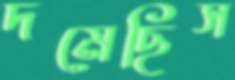
দমেছিস